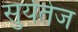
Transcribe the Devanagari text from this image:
सुर्यतेज